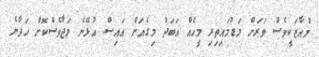
މުއާޒަކީވެސް ވަރަށް މަޑުމައިތިރި މީހެއް އަބަދު މިގެއަށް އައިސް އުޅޭނެ މަޖާވެސްކޮށް ހަދާނެ